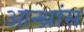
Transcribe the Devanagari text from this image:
आन्ध्रांस